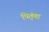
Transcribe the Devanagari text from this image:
पितृंणा